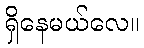
ရှိနေမယ်လေ။